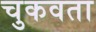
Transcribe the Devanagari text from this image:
चुकवता